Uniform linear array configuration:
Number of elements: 48
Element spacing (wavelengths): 0.5
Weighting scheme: binomial
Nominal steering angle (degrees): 45
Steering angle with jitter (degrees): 43.226
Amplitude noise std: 0.05
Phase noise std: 0.05

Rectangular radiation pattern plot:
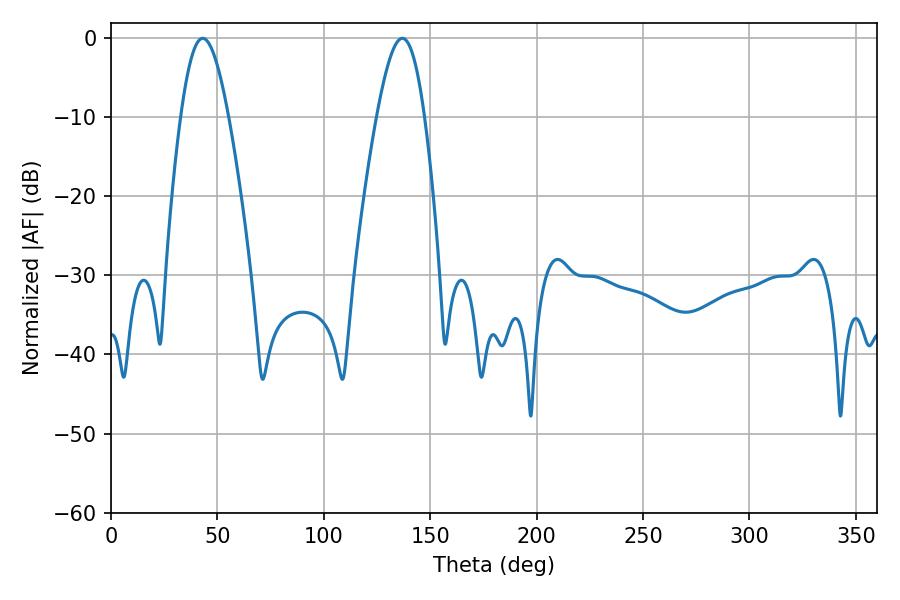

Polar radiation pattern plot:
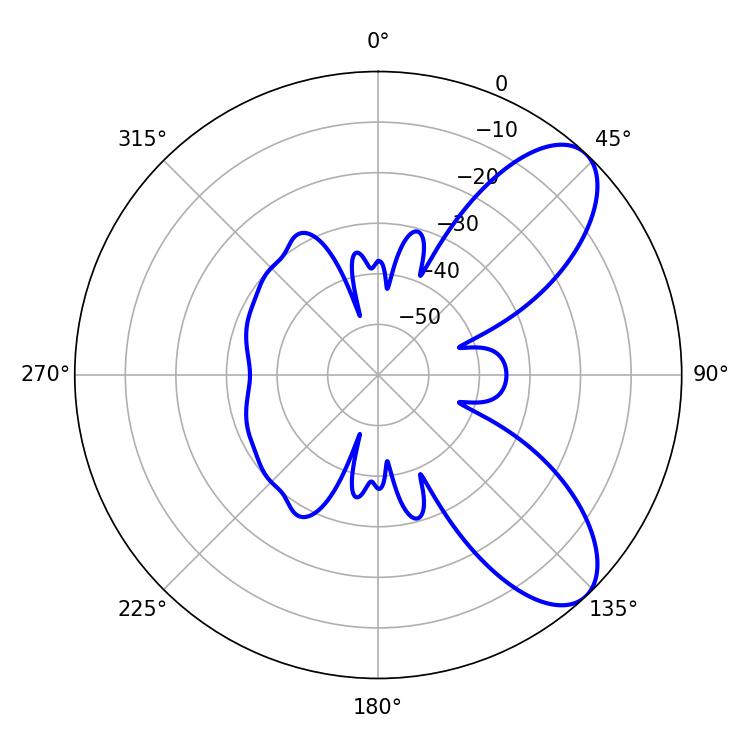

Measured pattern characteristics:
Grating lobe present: FALSE
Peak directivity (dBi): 8.038
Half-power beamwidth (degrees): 12.06
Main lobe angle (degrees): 43.02